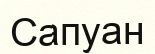
Сапуан